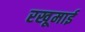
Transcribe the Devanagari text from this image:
रखूमाई